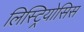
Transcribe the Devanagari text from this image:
लिस्ट्रियोसिस